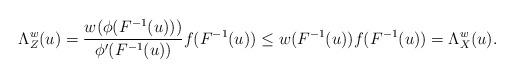
LaTeX: \begin{align*}\Lambda_Z^{w}(u)=\frac{w(\phi(F^{-1}(u)))}{\phi^\prime(F^{-1}(u))}f(F^{-1}(u))\leq w(F^{-1}(u))f(F^{-1}(u))=\Lambda_X^{w}(u).\end{align*}